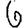
Digit: 6